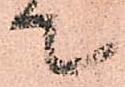
て